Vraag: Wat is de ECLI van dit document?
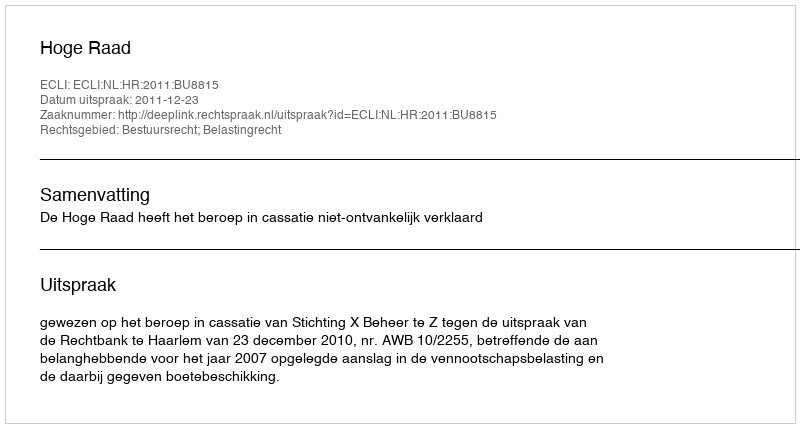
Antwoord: ECLI:NL:HR:2011:BU8815